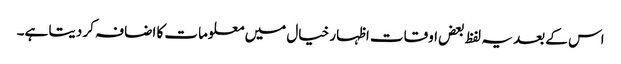
اس کے بعد یہ لفظ بعض اوقات اظہار خیال میں معلومات کا اضافہ کر دیتا ہے۔